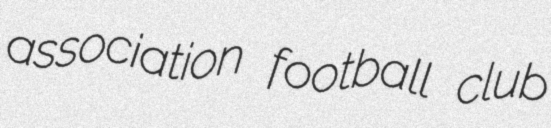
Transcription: association football club